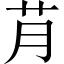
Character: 𮎟